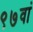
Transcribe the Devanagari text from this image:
९७वां